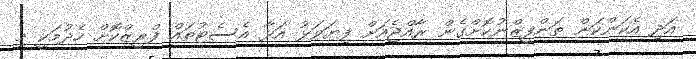
އަދި އެކަންކަން ތަންފީޒްނުކޮށްގެން ރާއްޖެއަށް ފިޔަވަޅު އަޅާ އެސެޓުތައް ފްރީޒްކޮށް ހެދުމަކީ މި